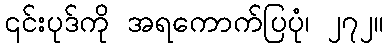
၎င်းပုဒ်ကို အရကောက်ပြပုံ၊ ၂၇၂။